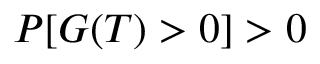
P [ G ( T ) > 0 ] > 0